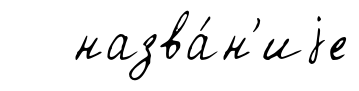
назва́н'иjе